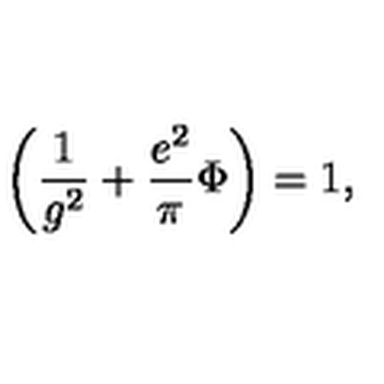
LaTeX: \left( { \frac { 1 } { g ^ { 2 } } } + { \frac { e ^ { 2 } } { \pi } } \Phi \right) = 1 ,